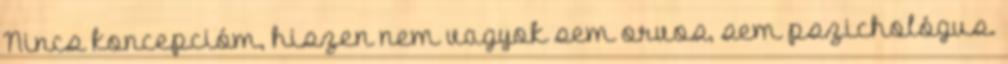
Nincs koncepcióm, hiszen nem vagyok sem orvos, sem pszichológus.